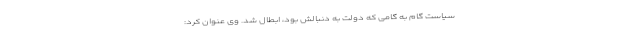
سیاست گام به گامی که دولت به دنبالش بود، ابطال شد. وی عنوان کرد: